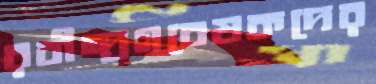
রবীন্দ্রগবেষকদের